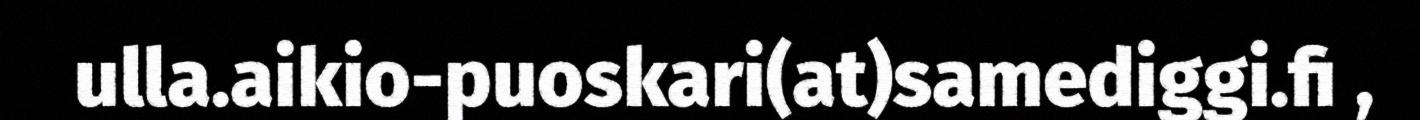
ulla.aikio-puoskari(at)samediggi.fi ,